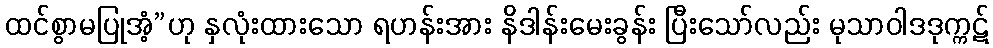
ထင်စွာမပြုအံ့”ဟု နှလုံးထားသော ရဟန်းအား နိဒါန်းမေးခွန်း ပြီးသော်လည်း မုသာဝါဒဒုက္ကဋ်